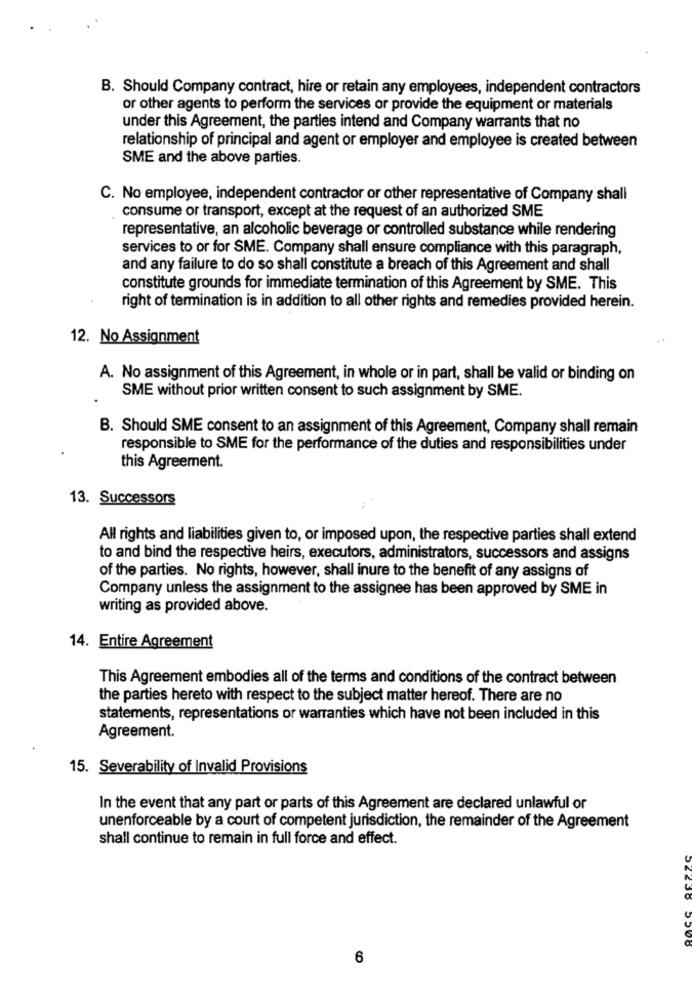
B. Should Company contract, hire or retain any employees, independent contractors
or other agents to perform the services or provide the equipment or materials
under this Agreement, the parties intend and Company warrants that no
relationship of principal and agent or employer and employee is created between
SME and the above parties.
C. No employee, independent contractor or other representative of Company shall
consume or transport, except at the request of an authorized SME
representative, an alcoholic beverage or controlled substance while rendering
services to or for SME. Company shall ensure compliance with this paragraph,
and any failure to do so shall constitute a breach of this Agreement and shall
constitute grounds for immediate termination of this Agreement by SME. This
right of termination is in addition to all other rights and remedies provided herein.
12. No Assignment
A. No assignment of this Agreement, in whole or in part, shall be valid or binding on
SME without prior written consent to such assignment by SME.
B. Should SME consent to an assignment of this Agreement, Company shall remain
responsible to SME for the performance of the duties and responsibilities under
this Agreement.
13. Successors
All rights and liabilities given to, or imposed upon, the respective parties shall extend
to and bind the respective heirs, executors, administrators, successors and assigns
of the parties. No rights, however, shall inure to the benefit of any assigns of
Company unless the assignment to the assignee has been approved by SME in
writing as provided above.
14. Entire Agreement
This Agreement embodies all of the terms and conditions of the contract between
the parties hereto with respect to the subject matter hereof. There are no
statements, representations or warranties which have not been included in this
Agreement.
15. Severability of Invalid Provisions
In the event that any part or parts of this Agreement are declared unlawful or
unenforceable by a court of competent jurisdiction, the remainder of the Agreement
shall continue to remain in full force and effect.
6